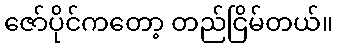
ဇော်ပိုင်ကတော့ တည်ငြိမ်တယ်။